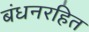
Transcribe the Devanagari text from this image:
बंधनरहित